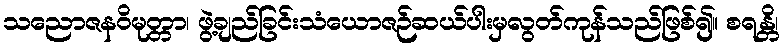
သညောဇနဝိမုတ္တာ၊ ဖွဲ့ချည်ခြင်းသံယောဇဉ်ဆယ်ပါးမှလွတ်ကုန်သည်ဖြစ်၍။ စရန္တိ၊